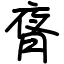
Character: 𬂃